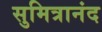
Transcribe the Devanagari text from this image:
सुमित्रानंद